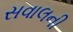
સવાલની